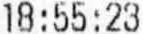
18:55:23